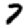
Digit: 7